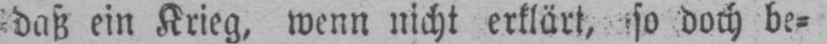
daß ein Krieg, wenn nicht erklärt, so doch be⸗